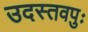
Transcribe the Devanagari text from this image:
उदस्तवपुः